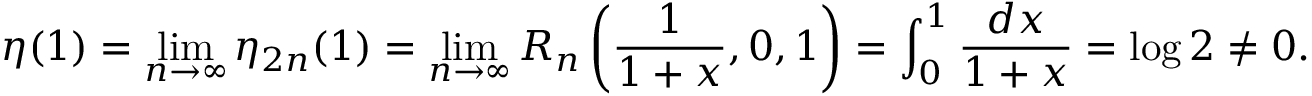
\eta ( 1 ) = \operatorname* { l i m } _ { n \to \infty } \eta _ { 2 n } ( 1 ) = \operatorname* { l i m } _ { n \to \infty } R _ { n } \left( { \frac { 1 } { 1 + x } } , 0 , 1 \right) = \int _ { 0 } ^ { 1 } { \frac { d x } { 1 + x } } = \log 2 \neq 0 .